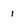
Character: 1